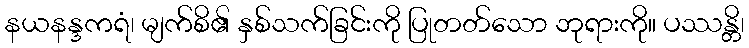
နယနန္ဒကရံ၊ မျက်စိ၏ နှစ်သက်ခြင်းကို ပြုတတ်သော ဘုရားကို။ ပဿန္တိ၊